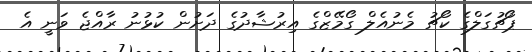
ޕޯޗުގަލްގެ ކޯޗު މެނުއެލް ގޯމޭޒްގެ އިރުޝާދުގެ ދަށުން ކުޅުނު ރާއްޖެ ވަނީ އެ